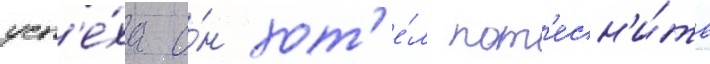
усп'е́ха о́н хот'е́л пот'есн'и́ть